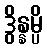
ဒွိန္နမ္ပိ